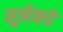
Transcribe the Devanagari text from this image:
सुनेकडे